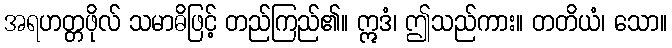
အရဟတ္တဖိုလ် သမာဓိဖြင့် တည်ကြည်၏။ ဣဒံ၊ ဤသည်ကား။ တတိယံ၊ သော။